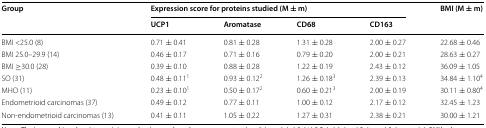
| <ROWSPAN=2> Group | <COLSPAN=4> Expression score for proteins studied (M ± m) | <ROWSPAN=2> BMI (M ± m) |
 | UCP1 | Aromatase | CD68 | CD163 |
 | --- | --- | --- | --- | --- | --- |
 | BMI <25.0 (8) | 0.71 ± 0.41 | 0.81 ± 0.28 | 1.31 ± 0.28 | 2.00 ± 0.27 | 22.68 ± 0.46 |
 | BMI 25.0–29.9 (14) | 0.46 ± 0.17 | 0.71 ± 0.16 | 0.79 ± 0.20 | 2.00 ± 0.21 | 28.63 ± 0.27 |
 | BMI ≥30.0 (28) | 0.39 ± 0.10 | 0.88 ± 0.28 | 1.22 ± 0.19 | 2.43 ± 0.12 | 36.09 ± 1.05 |
 | SO (31) | 0.48 ± 0.111 | 0.93 ± 0.122 | 1.26 ± 0.183 | 2.39 ± 0.13 | 34.84 ± 1.104 |
 | MHO (11) | 0.23 ± 0.101 | 0.50 ± 0.172 | 0.60 ± 0.213 | 2.00 ± 0.19 | 30.11 ± 0.804 |
 | Endometrioid carcinomas (37) | 0.49 ± 0.12 | 0.77 ± 0.11 | 1.00 ± 0.12 | 2.17 ± 0.12 | 32.45 ± 1.23 |
 | Non-endometrioid carcinomas (13) | 0.41 ± 0.11 | 1.05 ± 0.22 | 1.27 ± 0.31 | 2.38 ± 0.21 | 30.00 ± 1.21 |